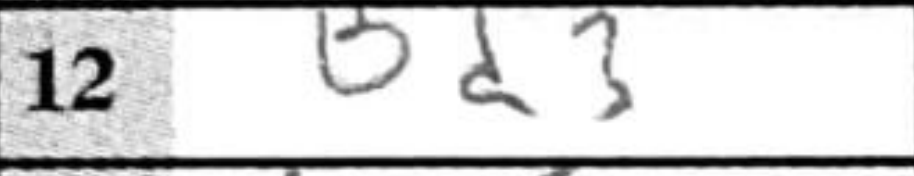
Transcription: Bd3